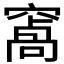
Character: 𮄑